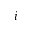
i